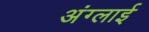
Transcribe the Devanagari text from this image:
अंग्लाई